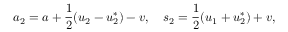
a _ { 2 } = a + \frac { 1 } { 2 } ( u _ { 2 } - u _ { 2 } ^ { * } ) - v , \quad s _ { 2 } = \frac { 1 } { 2 } ( u _ { 1 } + u _ { 2 } ^ { * } ) + v ,